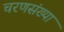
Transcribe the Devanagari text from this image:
चरणसंख्या